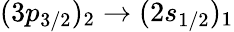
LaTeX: (3p_{3/2})_{2}\rightarrow(2s_{1/2})_{1}